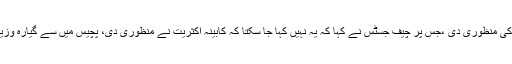
عدالت میں انکشاف ہواکہ وفاقی کابینہ کے25میں سےصرف گیارہ وزیروں نے آرمی چیف کی توسیع کی منظوری دی ،جس پر چیف جسٹس نے کہا کہ یہ نہیں کہا جا سکتا کہ کابینہ اکثریت نے منظوری دی، پچیس میں سے گیارہ وزیروں کے ناموں کے سامنے ‘یس’ لکھا گیا. جن ارکان نے جواب نہیں دیا ان کا انتظار کرنا چاہئیے تھا۔